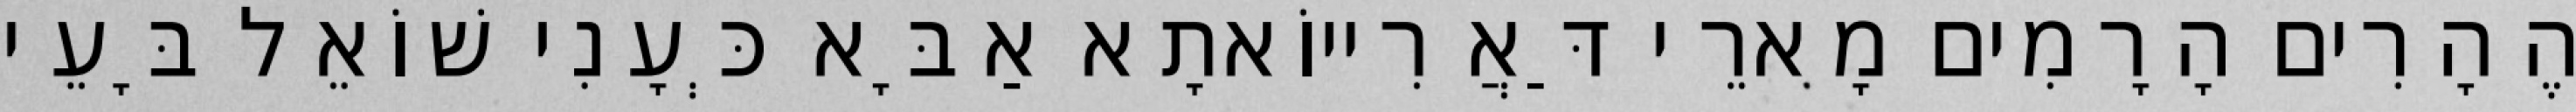
הֶהָרִים הָרָמִים מָארֵי דַּאֲרִייוֹאתָא אַבָּא כְּעָנִי שׁוֹאֵל בָּעֵי